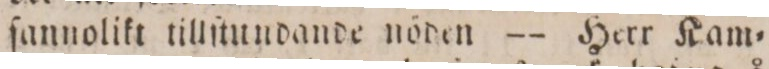
ſannolikt tillſtundande nöden — Herr Kam=